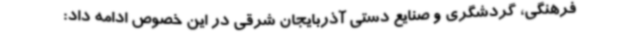
فرهنگی، گردشگری و صنایع دستی آذربایجان شرقی در این خصوص ادامه داد: